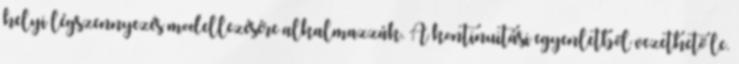
helyi légszennyezés modellezésére alkalmazzák. A kontinuitási egyenletből vezethető le.